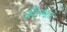
રીતભાત